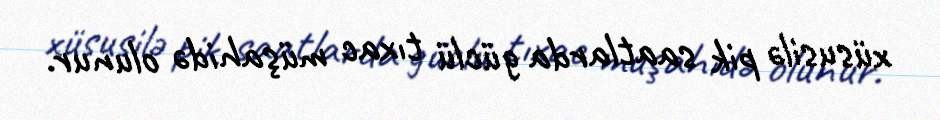
xüsusilə pik saatlarda güclü tıxac müşahidə olunur.